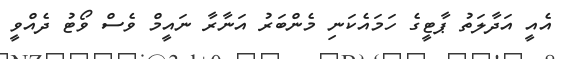
އެއީ އަދާލަތު ޕާޓީގެ ހަމައެކަނި މެންބަރު އަނާރާ ނައީމް ވެސް ވޯޓު ދެއްވީ